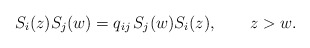
\begin{align*} S_i(z) S_j(w) = q_{ij}\,S_j(w) S_i(z),\qquad z > w.\end{align*}